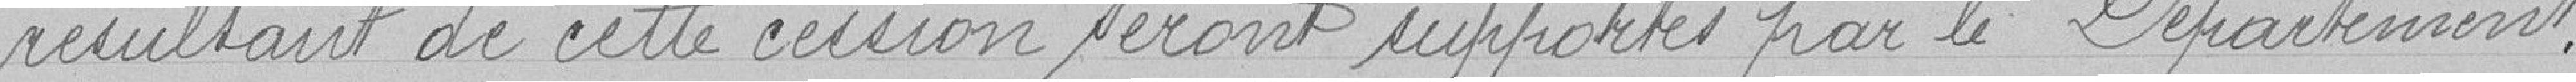
résultant de cette cession seront supportés par le Département.